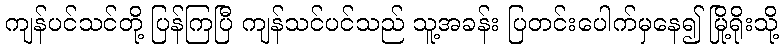
ကျန်ပင်သင်တို့ ပြန်ကြပြီ ကျန်သင်ပင်သည် သူ့အခန်း ပြတင်းပေါက်မှနေ၍ မြို့ရိုးသို့